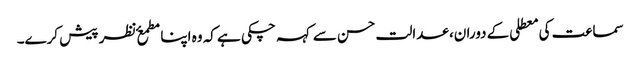
​سماعت کی معطلی کے دوران، عدالت حسن سے کہہ چکی ہے کہ وہ اپنا مطمعٴ نظر پیش کرے۔